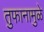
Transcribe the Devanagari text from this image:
तुफानामुळे